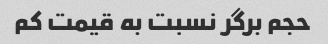
حجم برگر نسبت به قیمت کم